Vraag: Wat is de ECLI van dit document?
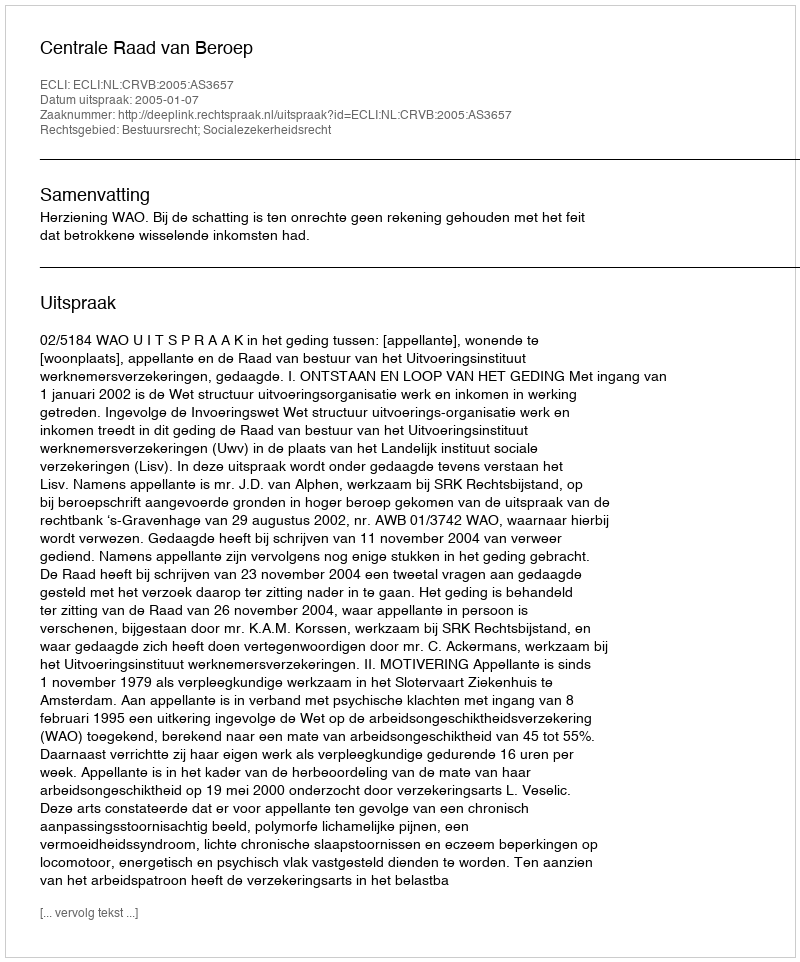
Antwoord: ECLI:NL:CRVB:2005:AS3657